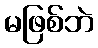
မဖြစ်ဘဲ